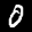
Label: 0